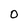
Character: 0